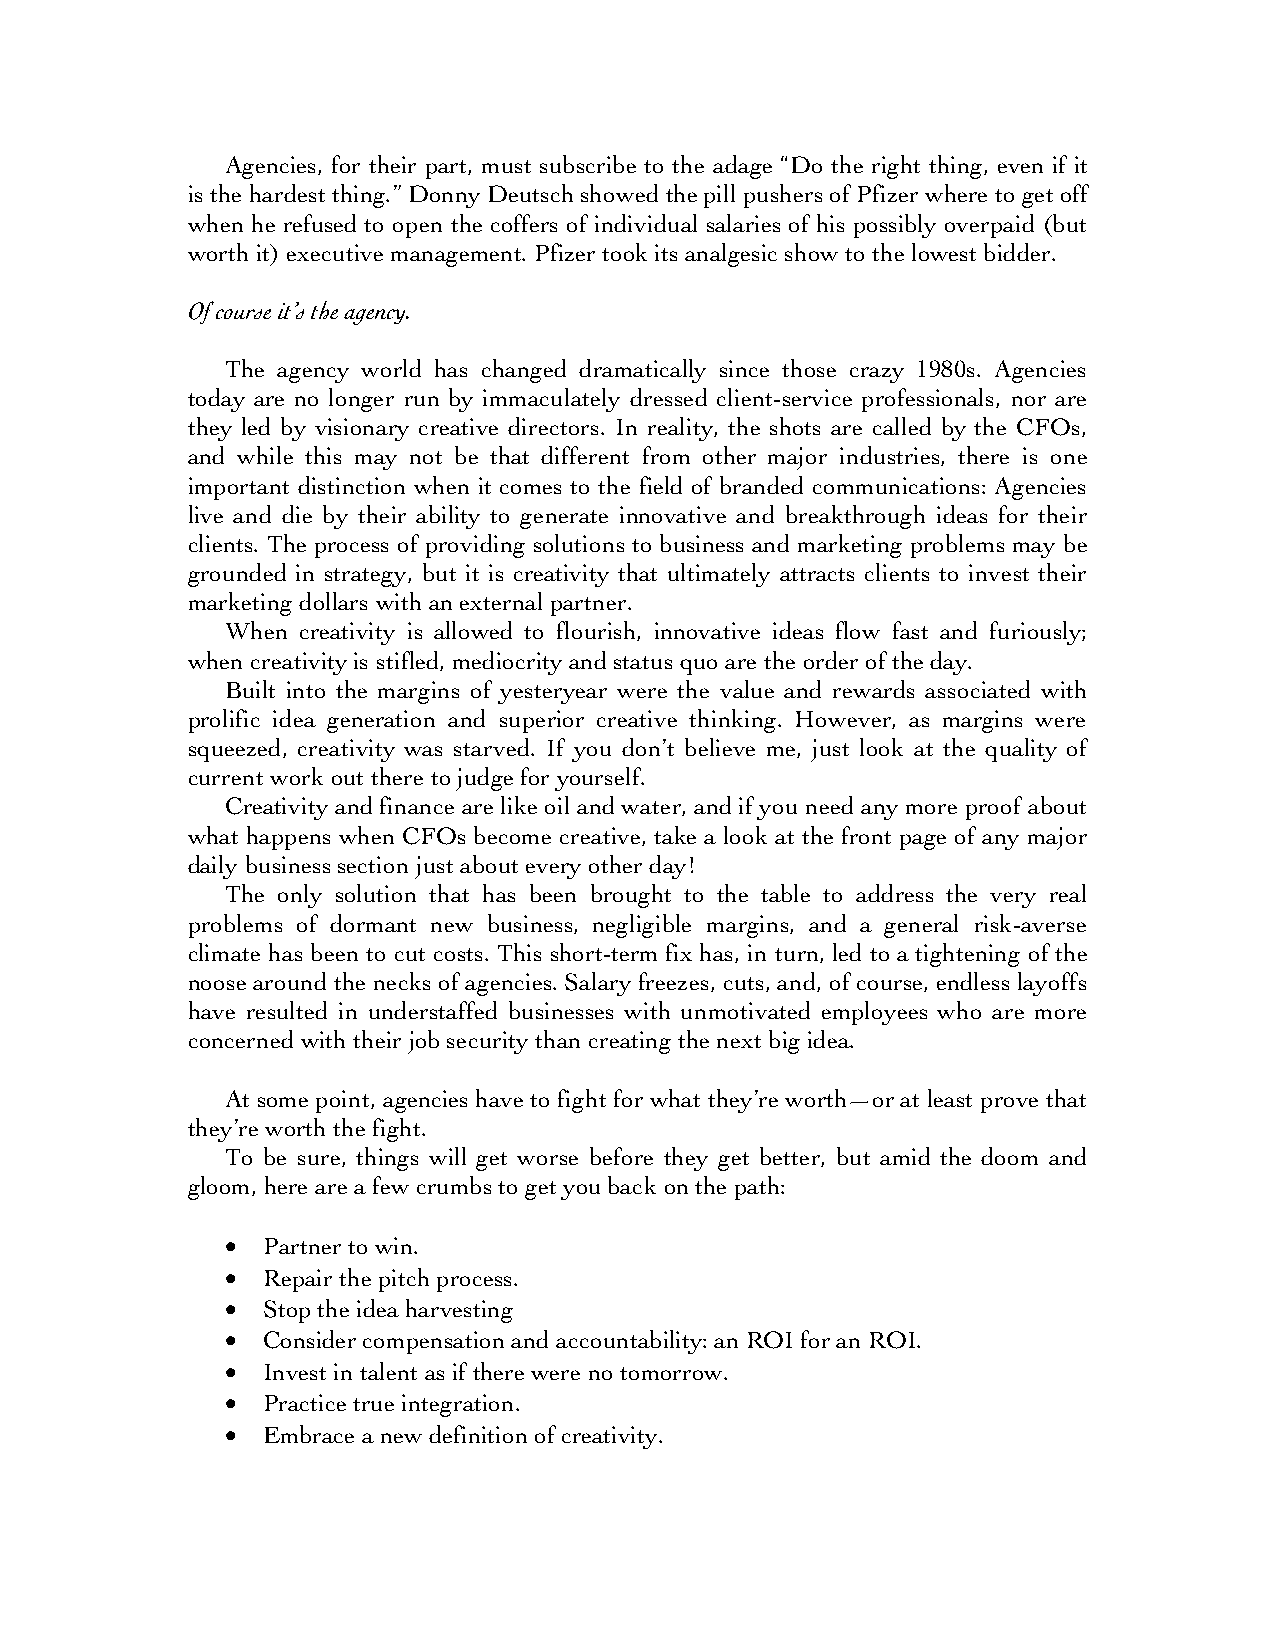
Agencies, for their part, must subscribe to the adage “Do the right thing, even if it
 is the hardest thing.” Donny Deutsch showed the pill pushers of Pfizer where to get off
 when he refused to open the coffers of individual salaries of his possibly overpaid (but
 worth it) executive management. Pfizer took its analgesic show to the lowest bidder.
 Of course it’s the agency.
 The agency world has changed dramatically since those crazy 1980s. Agencies
 today are no longer run by immaculately dressed client-service professionals, nor are
 they led by visionary creative directors. In reality, the shots are called by the CFOs,
 and while this may not be that different from other major industries, there is one
 important distinction when it comes to the field of branded communications: Agencies
 live and die by their ability to generate innovative and breakthrough ideas for their
 clients. The process of providing solutions to business and marketing problems may be
 grounded in strategy, but it is creativity that ultimately attracts clients to invest their
 marketing dollars with an external partner.
 When creativity is allowed to flourish, innovative ideas flow fast and furiously;
 when creativity is stifled, mediocrity and status quo are the order of the day.
 Built into the margins of yesteryear were the value and rewards associated with
 prolific idea generation and superior creative thinking. However, as margins were
 squeezed, creativity was starved. If you don’t believe me, just look at the quality of
 current work out there to judge for yourself.
 Creativity and finance are like oil and water, and if you need any more proof about
 what happens when CFOs become creative, take a look at the front page of any major
 daily business section just about every other day!
 The only solution that has been brought to the table to address the very real
 problems of dormant new business, negligible margins, and a general risk-averse
 climate has been to cut costs. This short-term fix has, in turn, led to a tightening of the
 noose around the necks of agencies. Salary freezes, cuts, and, of course, endless layoffs
 have resulted in understaffed businesses with unmotivated employees who are more
 concerned with their job security than creating the next big idea.
 At some point, agencies have to fight for what they’re worth—or at least prove that
 they’re worth the fight.
 To be sure, things will get worse before they get better, but amid the doom and
 gloom, here are a few crumbs to get you back on the path:
 • Partner to win.
 • Repair the pitch process.
 • Stop the idea harvesting
 • Consider compensation and accountability: an ROI for an ROI.
 • Invest in talent as if there were no tomorrow.
 • Practice true integration.
 • Embrace a new definition of creativity.